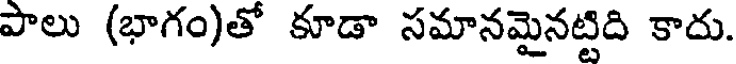
పాలు (భాగం)తో కూడా సమానమైనట్టిది కాదు.